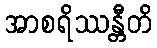
အာစရိဿန္တီတိ